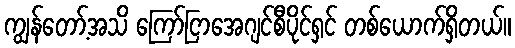
ကျွန်တော့်အသိ ကြော်ငြာအေဂျင်စီပိုင်ရှင် တစ်ယောက်ရှိတယ်။